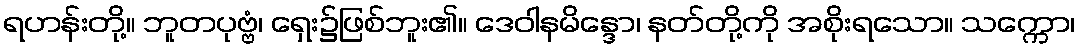
ရဟန်းတို့။ ဘူတပုဗ္ဗံ၊ ရှေး၌ဖြစ်ဘူး၏။ ဒေဝါနမိန္ဒော၊ နတ်တို့ကို အစိုးရသော။ သက္ကော၊